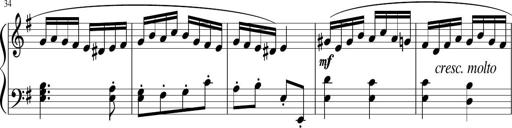
Title: 12 Keyboard Sonatinas
Composer: James Hook